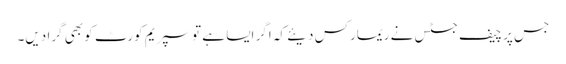
جس پر چیف جسٹس نے ریمارکس دیئے کہ اگر ایسا ہے تو سپریم کورٹ کو بھی گرا دیں۔